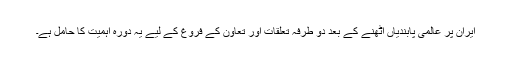
ایران پر عالمی پابندیاں اٹھنے کے بعد دو طرفہ تعلقات اور تعاون کے فروغ کے لیے یہ دورہ اہمیت کا حامل ہے۔